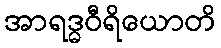
အာရဒ္ဓဝီရိယောတိ